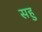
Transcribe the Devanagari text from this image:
सहु